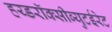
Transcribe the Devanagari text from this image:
हय्डरॉक्सीब्युटईरेट